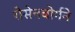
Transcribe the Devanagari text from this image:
रोसेनबोर्गने